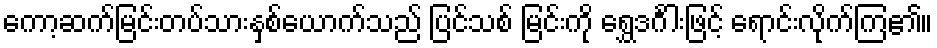
ကော့ဆက်မြင်းတပ်သားနှစ်ယောက်သည် ပြင်သစ် မြင်းကို ရွှေဒင်္ဂါးဖြင့် ရောင်းလိုက်ကြ၏။